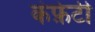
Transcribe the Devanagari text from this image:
कंफ़ेटी